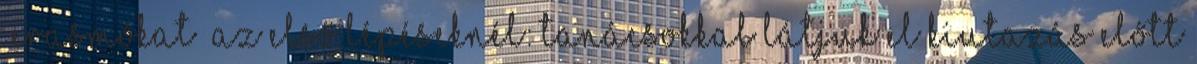
„erasmókat” az első lépéseknél: tanácsokkal látjuk el kiutazás előtt